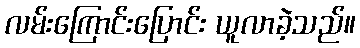
လမ်းကြောင်းပြောင်း ယူလာခဲ့သည်။